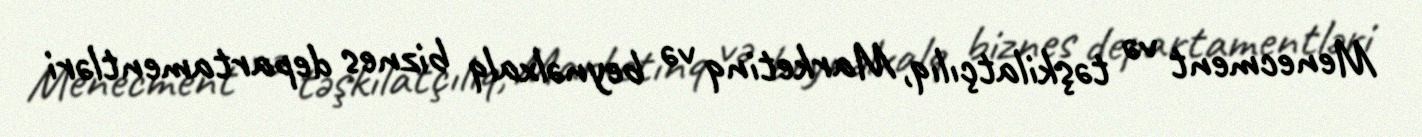
Menecment və təşkilatçılıq, Marketinq və beynəlxalq biznes departamentləri